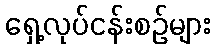
ရှေ့လုပ်ငန်းစဉ်များ